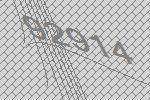
92914